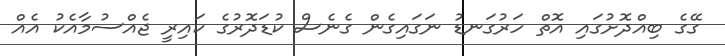
ގޭގެ ބިއްދޮށުގައި އޮތް ހަރުގަނޑު ނަގައިގެން ގެނެސް ކުޑަދޮރުގެ ކައިރީ ޖެއްސުމާއެކު އެއް